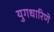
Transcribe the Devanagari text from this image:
युगधारिणे